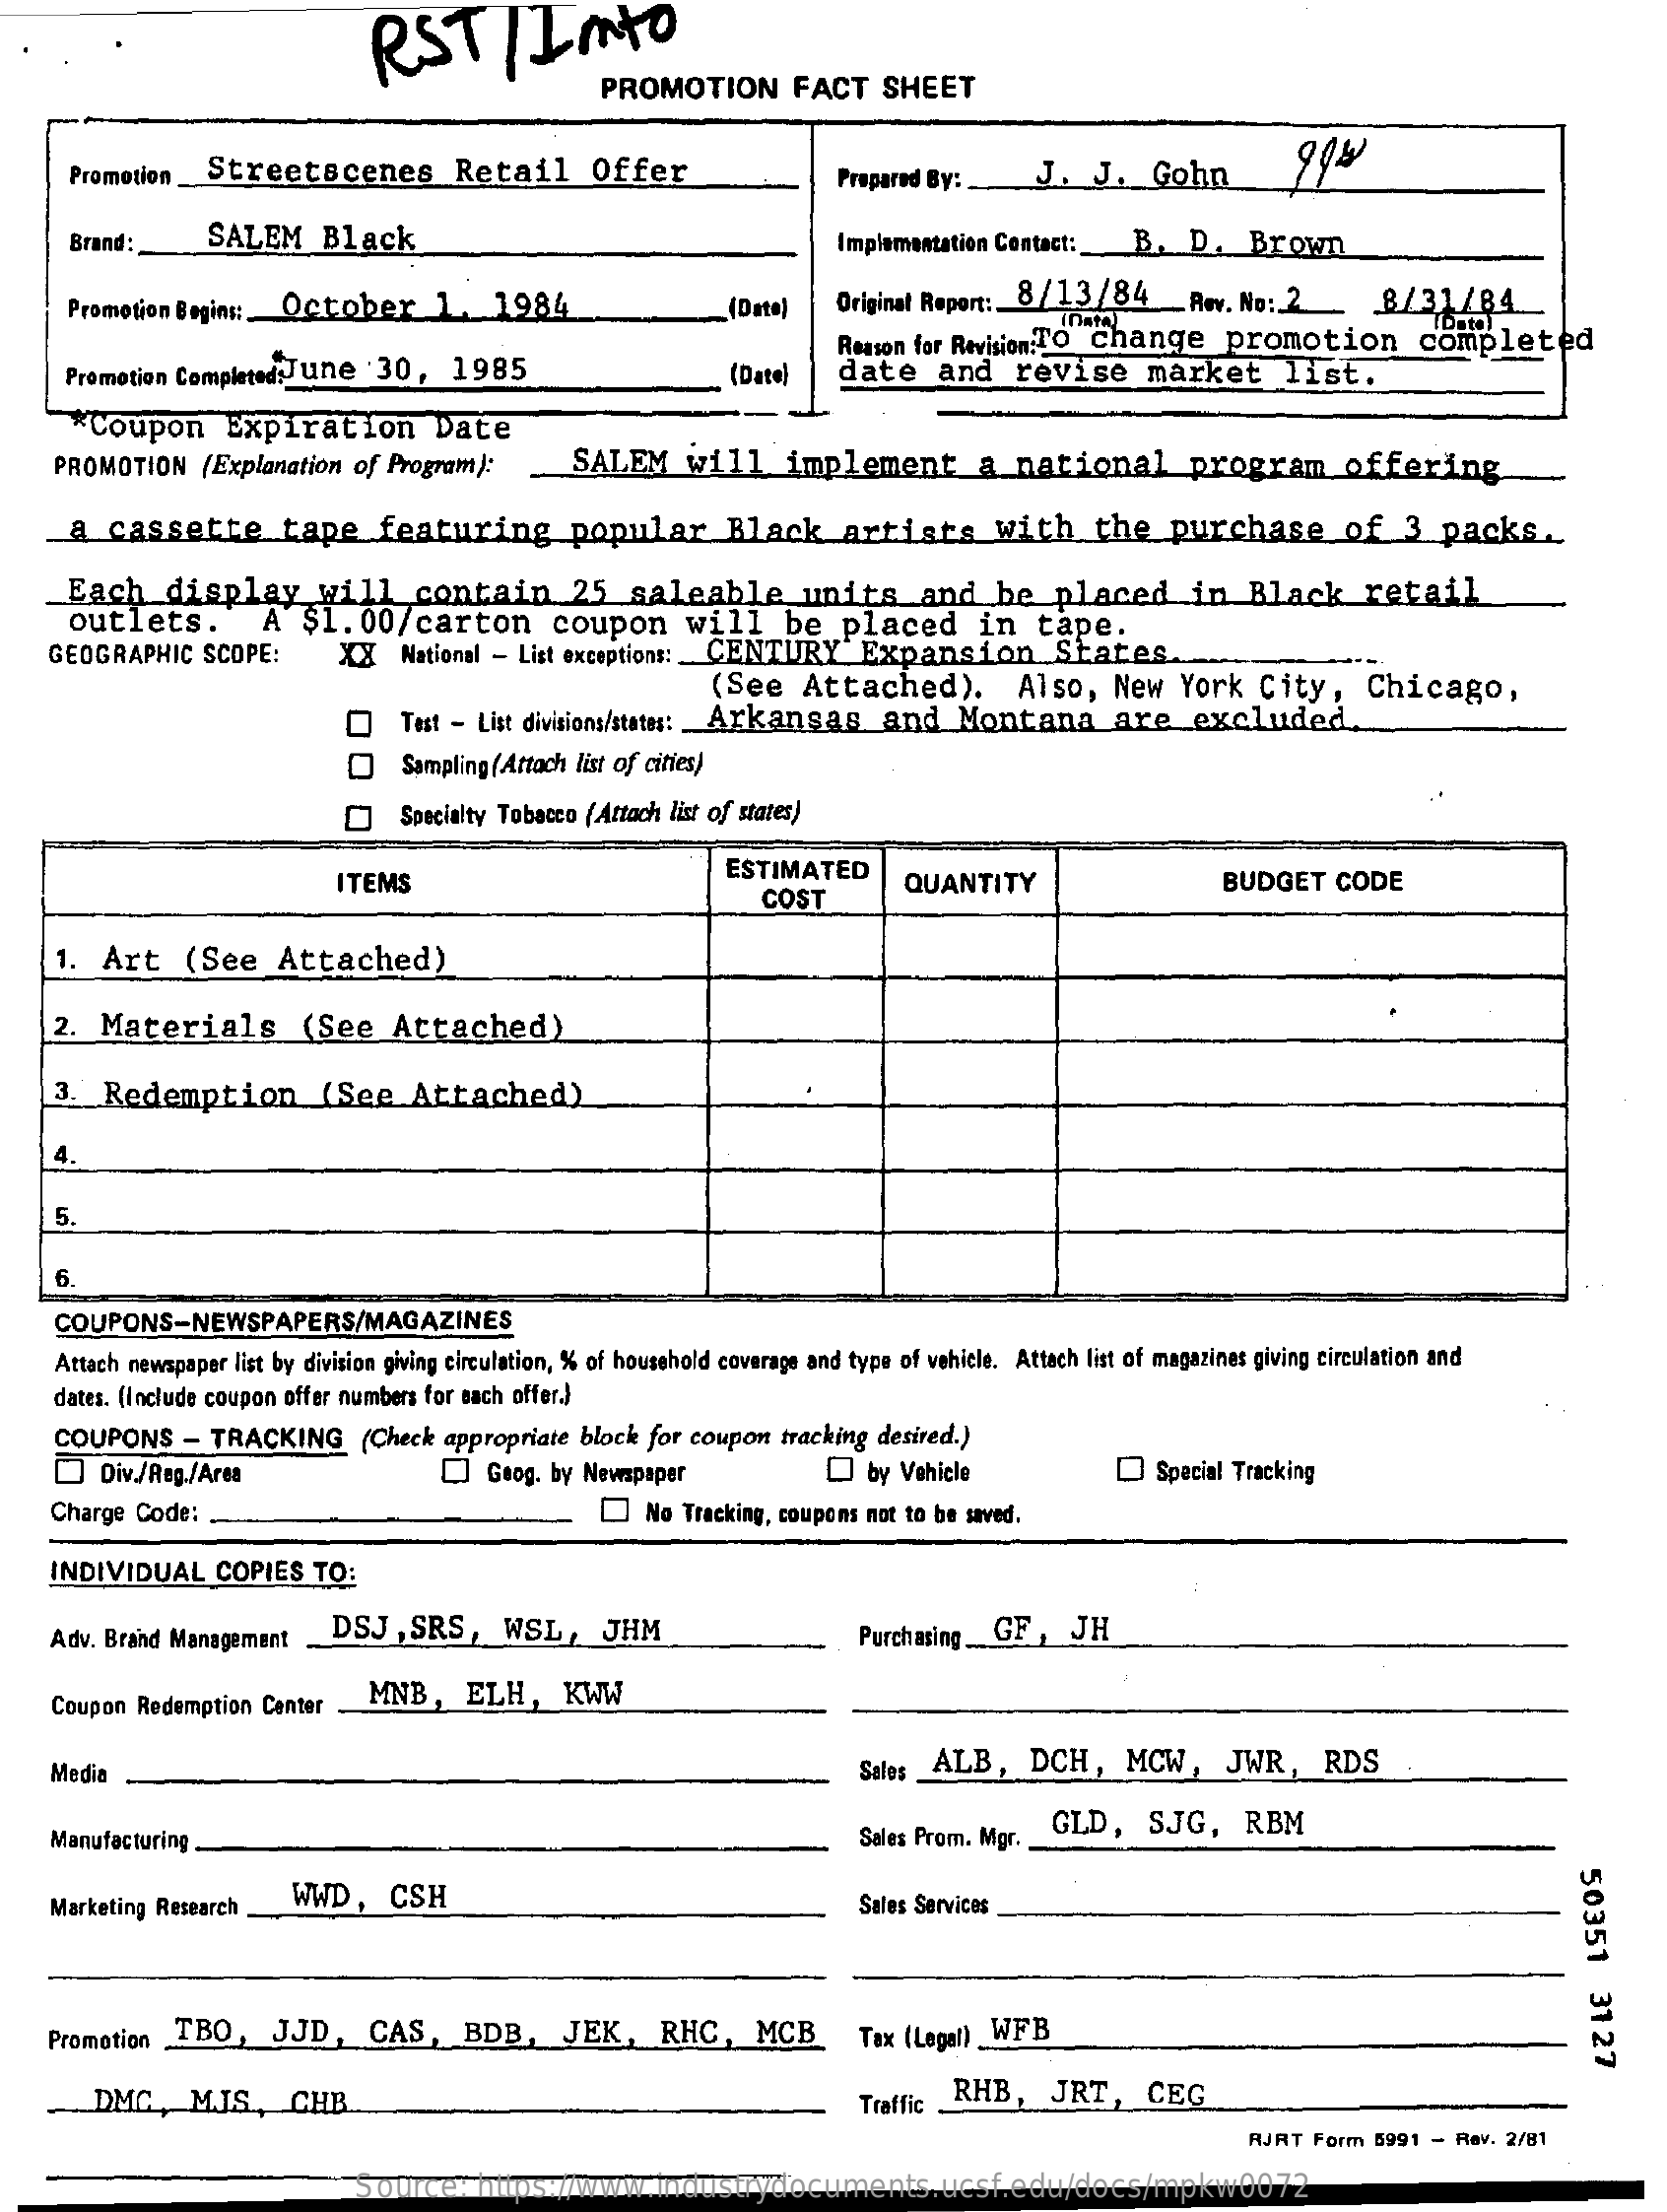
RST    /  Imto
     PROMOTION    FACT    SHEET
     Promotion_Streetscenes    Retail    Offer    Prepared By:    J.   J.   Gohn
     Brand:    SALEM    Black    Implementation Contact :_ B.   D.    Brown
     Promotion Begins :_ October    1.   1984    (Date)    Original Report: 8 /13/84_Av.    No:  2_    8/31/84
     Promotion Completed:June    30,   1985
     Reason for Revision:TO Change    promotion    completed
     (Date)   date    and    revise    market    list.
     *Coupon    Expiration    Date
     PROMOTION    (Explanation of Program):    SALEM    will    implement    a  national    program    offering
     a  cassette    tape    featuring    popular    Black    artists    with    the   purchase    of   3  packs    ..
     Each    display    will    contain    25   saleable    units    and    be   placed    in   Black    retail
     outlets.    A  $1.   00/carton    coupon    will    be   placed    in   tape.
    GEOGRAPHIC    SCOPE:    XX   National - List exceptions: __ CENTURY   Expansion    States.
     (See    Attached).    Also,   New   York   City,    Chicago,
     Test - List divisions/states: Arkansas    and    Montana    are    excluded.
     Sampling(Attach list of cities)
     Specialty Tobacco (Attach list of states)
     ITEMS    ESTIMATED
     COST
     QUANTITY    BUDGET    CODE
     1.  Art    (See    Attached)
     2.  Materials    (See   Attached)
     3.  Redemption    (See    Attached)
     4.
     5.
     COUPONS-NEWSPAPERS/MAGAZINES
     Attach newspaper list by division giving circulation, % of household coverage and type of vehicle. Attach list of magazines giving circulation and
     dates. (Include coupon offer numbers for each offer.)
     COUPONS    -  TRACKING    (Check appropriate block for coupon  tracking desired.)
     Div./Reg./Area    []  Gaog. by Newspaper    by Vehicle    Special Tracking
     Charge Code:    No Tracking, coupons not to be saved.
    INDIVIDUAL    COPIES   TO:
    Adv. Brand Management    DSJ,   SRS,    WSL,    JHM    Purchasing_GF   ,  JH
     Coupon Redemption Center    MNB,    ELH,    KWW
     Media    Sales ALB,    DCH,    MCW,    JWR,    RDS
     Manufacturing    Sales Prom. Mgr.
     GLD,   SJG,    RBM
     50351
     3127
     Marketing Research   WWD,    CSH    Sales Services
    Promotion ,TBO,    JJD,    CAS,    BDB,    JEK,    RHC,    MCB    Tax (Legal) WFB
     DMC,    M.J.S ., CHE    Traffic RHB,    JRT,    CEG
     AJRT  Form 5991 -  Rev. 2/81
     Source:    https://www.industrydocuments.ucsf.edu/docs/mpkw0072